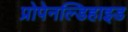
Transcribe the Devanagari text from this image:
प्रोपेनल्डिहाइड